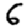
Digit: 6